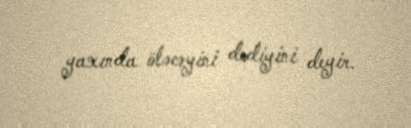
yaxında öləcəyini dediyini deyir.